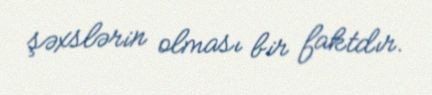
şəxslərin olması bir faktdır.